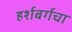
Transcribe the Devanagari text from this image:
हर्शबर्गचा